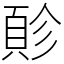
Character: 䪾